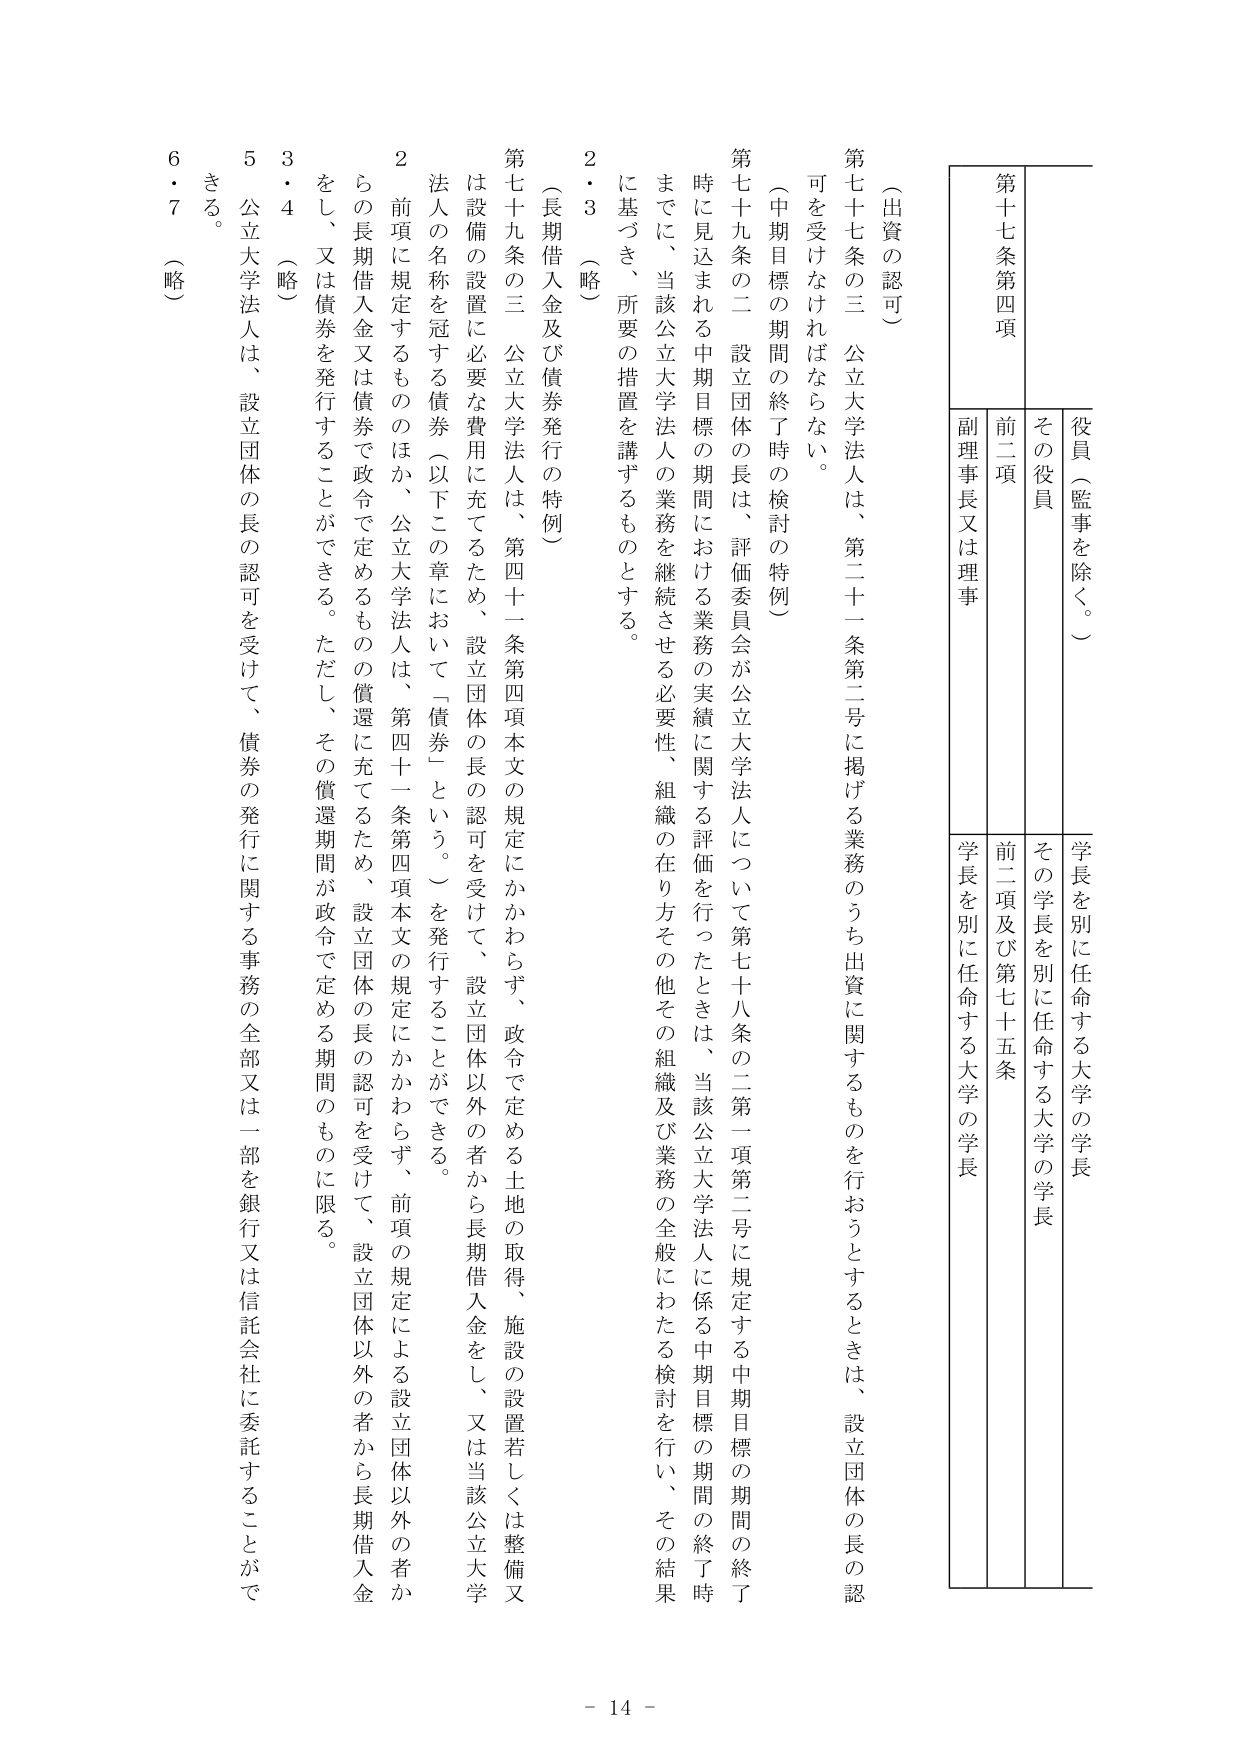
（出資の認可）

第七十七条の三 公立大学法人は、第二十一条第二号に掲げる業務のうち出資に関するものを行おうとするときは、設立団体の長の認可を受けなければならない。

（中期目標の期間の終了時の検討の特例）

第七十九条の二 設立団体の長は、評価委員会が公立大学法人について第七十八条の二第一項第二号に規定する中期目標の期間の終了時に見込まれる中期目標の期間における業務の実績に関する評価を行ったときは、当該公立大学法人に係る中期目標の期間の終了時までに、当該公立大学法人の業務を継続させる必要性、組織の在り方その他の組織及び業務の全般にわたる検討を行い、その結果に基づき、所要の措置を講ずるものとする。

２・３ （略）

（長期借入金及び債券発行の特例）

第七十九条の三 公立大学法人は、第四十一条第四項本文の規定にかかわらず、政令で定める土地の取得、施設の設置若しくは整備又は設備の設置に必要な費用に充てるため、設立団体の長の認可を受けて、設立団体以外の者から長期借入金をし、又は当該公立大学法人の名称を冠する債券（以下この章において「債券」という。）を発行することができる。

２ 前項に規定するもののほか、公立大学法人は、第四十一条第四項本文の規定にかかわらず、前項の規定による設立団体以外の者からの長期借入金又は債券で政令で定めるものの償還に充てるため、設立団体の長の認可を受けて、設立団体以外の者から長期借入金をし、又は債券を発行することができる。ただし、その償還期間が政令で定める期間のものに限る。

３・４ （略）

５ 公立大学法人は、設立団体の長の認可を受けて、債券の発行に関する事務の全部又は一部を銀行又は信託会社に委託することができる。

６・７ （略）

- 14 -

役員（監事を除く。）
その役員
前二項
副理事長又は理事

学長を別に任命する大学の学長
その学長を別に任命する大学の学長
前二項及び第七十五条
学長を別に任命する大学の学長

第十七条第四項